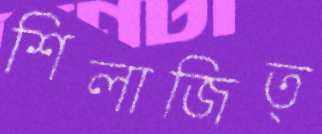
শিলাজিত্